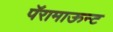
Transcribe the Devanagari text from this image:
पॅरामाऊन्ट